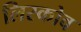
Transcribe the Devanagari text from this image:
लिस्कोव